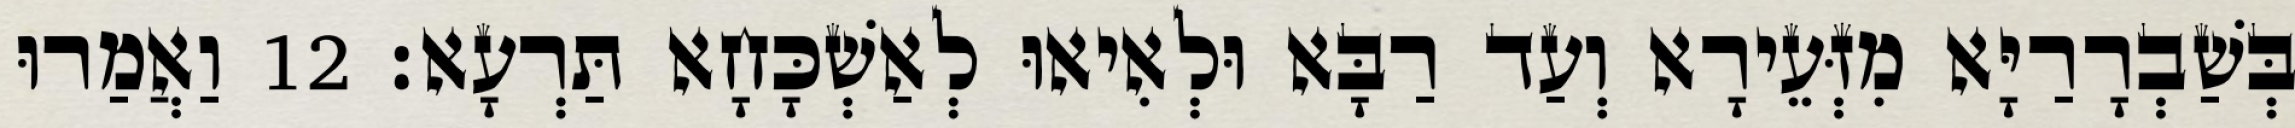
בְּשַׁבְרָרַיָּא מִזְּעֵירָא וְעַד רַבָּא וּלְאִיאוּ לְאַשְׁכָּחָא תַּרְעָא׃ 12 וַאֲמַרוּ